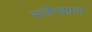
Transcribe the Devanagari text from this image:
राजेन्द्रग्राम